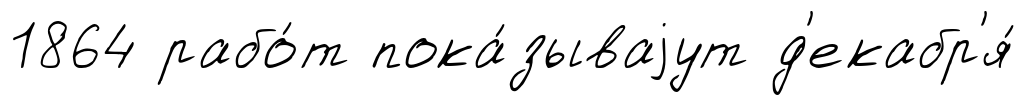
1864 рабо́т пока́зываjут д'екабр'я́